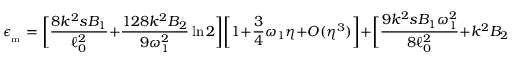
\epsilon _ { _ \mathrm { m } } = \biggl [ \frac { 8 k ^ { 2 } s B _ { 1 } } { \ell _ { 0 } ^ { 2 } } + \frac { 1 2 8 k ^ { 2 } B _ { 2 } } { 9 \omega _ { 1 } ^ { 2 } } \ln 2 \biggr ] \biggl [ 1 + \frac { 3 } { 4 } \omega _ { 1 } \eta + { \cal O } ( \eta ^ { 3 } ) \biggr ] + \biggl [ \frac { 9 k ^ { 2 } s B _ { 1 } \omega _ { 1 } ^ { 2 } } { 8 \ell _ { 0 } ^ { 2 } } + k ^ { 2 } B _ { 2 } \left( 1 + 2 \ln 2 \right) \biggr ] \biggr [ \eta ^ { 2 } + { \cal O } ( \eta ^ { 3 } ) \biggr ] .